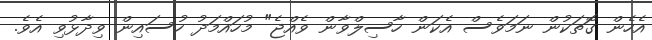
އެހެން ގޮތަކުން ނަމަވެސް އެކަން ހާސިލްވާން ވެއްޖެ" މުހައްމަދު ހުސައިން ވިދާޅުވި އެވެ.